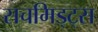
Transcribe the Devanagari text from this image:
सचमिड्ट्स